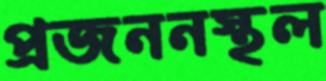
প্রজননস্থল